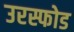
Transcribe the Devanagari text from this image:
उरस्फोड